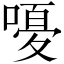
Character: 𫫫